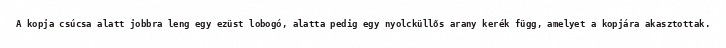
A kopja csúcsa alatt jobbra leng egy ezüst lobogó, alatta pedig egy nyolcküllős arany kerék függ, amelyet a kopjára akasztottak.